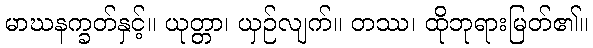
မာဃနက္ခတ်နှင့်။ ယုတ္တာ၊ ယှဉ်လျက်။ တဿ၊ ထိုဘုရားမြတ်၏။